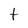
Character: t